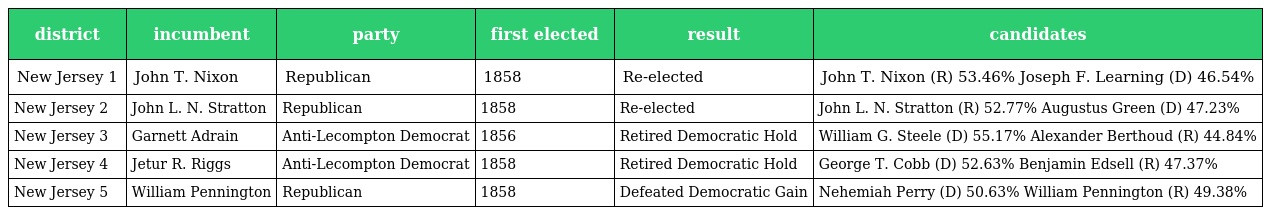
| district | incumbent | party | first elected | result | candidates |
 | --- | --- | --- | --- | --- | --- |
 | New Jersey 1 | John T. Nixon | Republican | 1858 | Re-elected | John T. Nixon (R) 53.46% Joseph F. Learning (D) 46.54% |
 | New Jersey 2 | John L. N. Stratton | Republican | 1858 | Re-elected | John L. N. Stratton (R) 52.77% Augustus Green (D) 47.23% |
 | New Jersey 3 | Garnett Adrain | Anti-Lecompton Democrat | 1856 | Retired Democratic Hold | William G. Steele (D) 55.17% Alexander Berthoud (R) 44.84% |
 | New Jersey 4 | Jetur R. Riggs | Anti-Lecompton Democrat | 1858 | Retired Democratic Hold | George T. Cobb (D) 52.63% Benjamin Edsell (R) 47.37% |
 | New Jersey 5 | William Pennington | Republican | 1858 | Defeated Democratic Gain | Nehemiah Perry (D) 50.63% William Pennington (R) 49.38% |